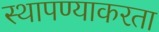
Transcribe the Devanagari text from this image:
स्थापण्याकरता